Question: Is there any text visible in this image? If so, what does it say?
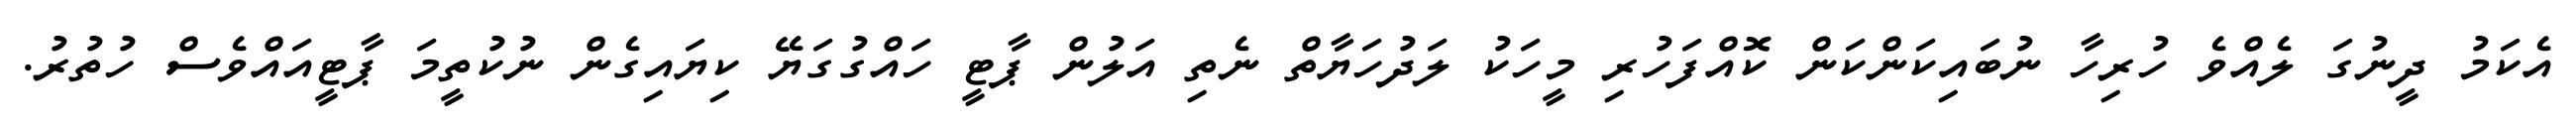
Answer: އެކަމު ދީނުގަ ލެއްވެ ހުރިހާ ނުބައިކަންކަން ކޮއްފަހުރި މީހަކު ލަދުހަޔާތް ނެތި އަލުން ޕާޓީ ހައްގުގަޔޭ ކިޔައިގެން ނުކުތީމަ ޕާޓީއައްވެސް ހުތުރު.